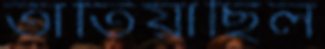
তাতিয়াছিল